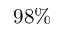
9 8 \%